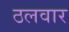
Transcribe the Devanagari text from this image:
ठलवार